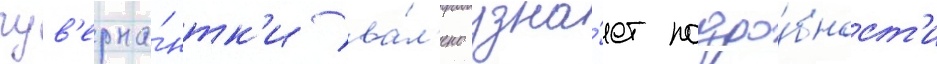
гув'ерна́нтк'и ва́л'ено узна́ет подро́бност'и